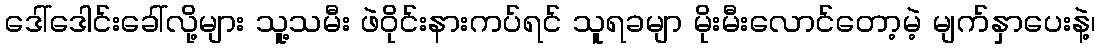
ဒေါ်ဒေါင်းခေါ်လို့များ သူ့သမီး ဖဲဝိုင်းနားကပ်ရင် သူရခမျာ မိုးမီးလောင်တော့မဲ့ မျက်နှာပေးနဲ့၊